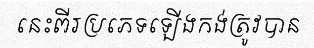
នេះពីរប្រភេទឡើងកង់ត្រូវបាន